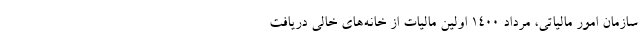
سازمان امور مالیاتی، مرداد ۱۴۰۰ اولین مالیات از خانه‌های خالی دریافت